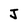
Character: J